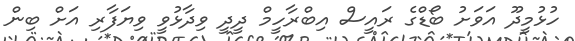
ހުޅުމީދޫ އަވަށު ބޯޑްގެ ރައީސް އިބްރާހީމް ދީދީ ވިދާޅުވީ ވިޔަފާރި އަށް ބިން